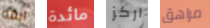
ابقه مائدة اركز مراهق